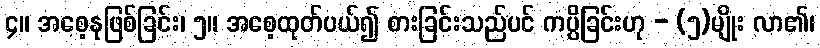
၄။ အစေ့နုဖြစ်ခြင်း၊ ၅။ အစေ့ထုတ်ပယ်၍ စားခြင်းသည်ပင် ကပ္ပိခြင်းဟု - (၅)မျိုး လာ၏၊